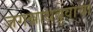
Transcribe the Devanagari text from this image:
जगन्नाथबुवांचा